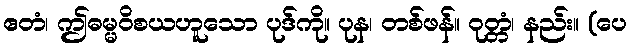
ဧတံ၊ ဤဓမ္မဝိစယဟူသော ပုဒ်ကို။ ပုန၊ တစ်ဖန်။ ဝုတ္တံ၊ နည်း။ (ပေ